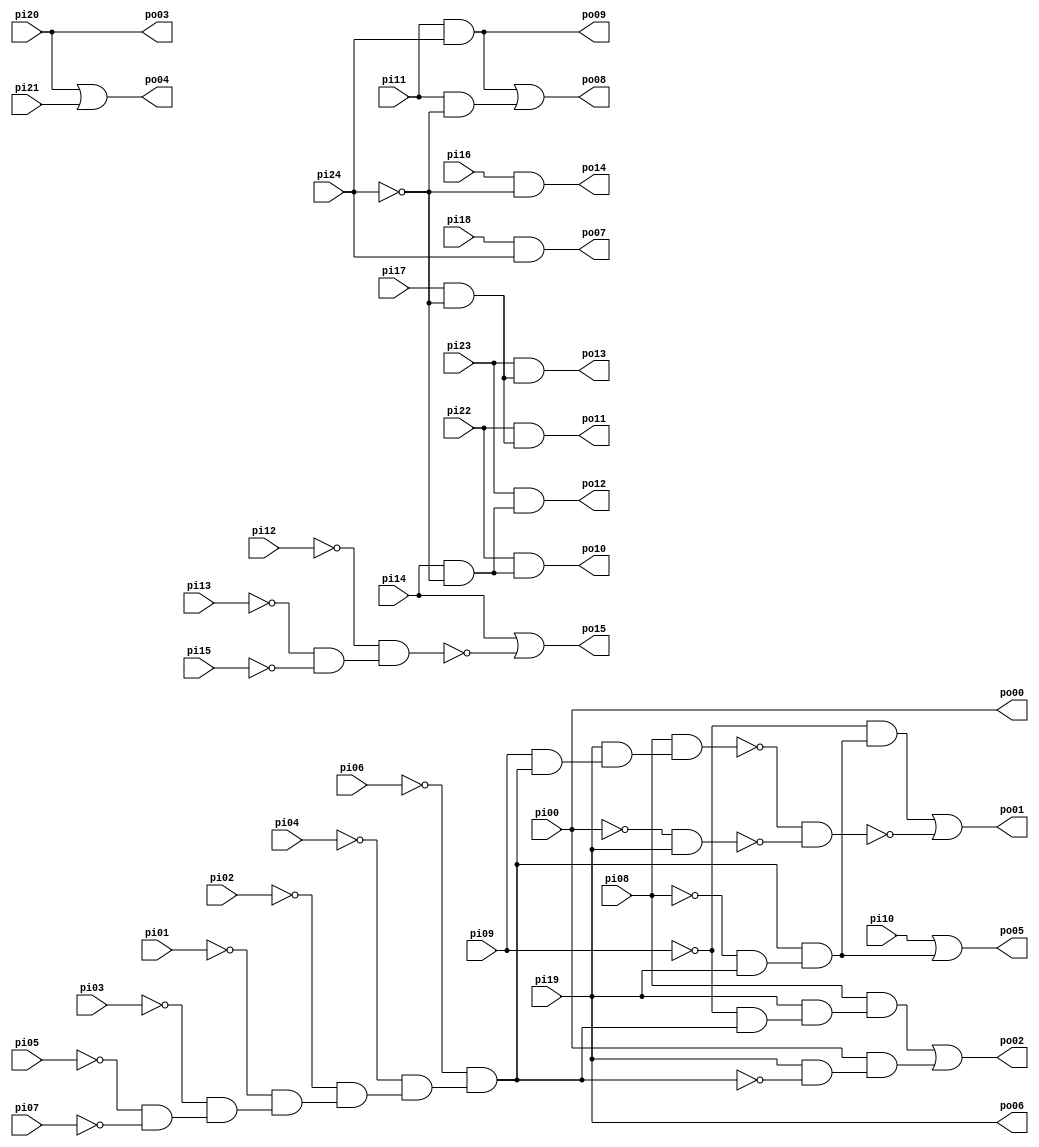
// Benchmark "i1" written by ABC on Sun Apr 22 21:43:04 2018

module i1 ( 
    pi00, pi01, pi02, pi03, pi04, pi05, pi06, pi07, pi08, pi09, pi10, pi11,
    pi12, pi13, pi14, pi15, pi16, pi17, pi18, pi19, pi20, pi21, pi22, pi23,
    pi24,
    po00, po01, po02, po03, po04, po05, po06, po07, po08, po09, po10, po11,
    po12, po13, po14, po15  );
  input  pi00, pi01, pi02, pi03, pi04, pi05, pi06, pi07, pi08, pi09,
    pi10, pi11, pi12, pi13, pi14, pi15, pi16, pi17, pi18, pi19, pi20, pi21,
    pi22, pi23, pi24;
  output po00, po01, po02, po03, po04, po05, po06, po07, po08, po09, po10,
    po11, po12, po13, po14, po15;
  wire n42, n43, n44, n45, n46, n47, n48, n49, n50, n51, n52, n53, n54, n55,
    n57, n58, n59, n60, n61, n67, n69, n71, n76, n77;
  assign n42 = ~pi05 & ~pi07;
  assign n43 = ~pi03 & n42;
  assign n44 = ~pi01 & n43;
  assign n45 = ~pi02 & n44;
  assign n46 = ~pi04 & n45;
  assign n47 = ~pi06 & n46;
  assign n48 = pi09 & n47;
  assign n49 = pi19 & n48;
  assign n50 = pi08 & n49;
  assign n51 = ~pi00 & pi19;
  assign n52 = ~pi08 & pi19;
  assign n53 = n47 & n52;
  assign n54 = ~pi09 & n53;
  assign n55 = ~n50 & ~n51;
  assign po01 = n54 | ~n55;
  assign n57 = ~pi09 & n47;
  assign n58 = pi19 & n57;
  assign n59 = pi08 & n58;
  assign n60 = pi19 & ~n47;
  assign n61 = pi00 & n60;
  assign po02 = n59 | n61;
  assign po04 = pi20 | pi21;
  assign po05 = pi10 | n53;
  assign po07 = pi18 & pi24;
  assign po09 = pi11 & pi24;
  assign n67 = pi11 & ~pi24;
  assign po08 = po09 | n67;
  assign n69 = pi14 & ~pi24;
  assign po10 = pi22 & n69;
  assign n71 = pi17 & ~pi24;
  assign po11 = pi22 & n71;
  assign po12 = pi23 & n69;
  assign po13 = pi23 & n71;
  assign po14 = pi16 & ~pi24;
  assign n76 = ~pi13 & ~pi15;
  assign n77 = ~pi12 & n76;
  assign po15 = pi14 | ~n77;
  assign po00 = pi00;
  assign po03 = pi20;
  assign po06 = pi19;
endmodule